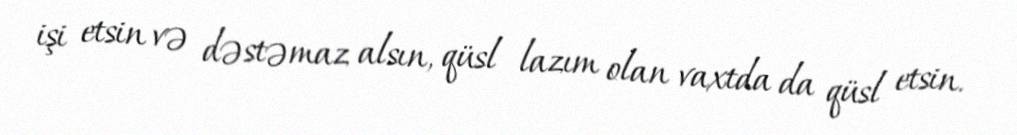
işi etsin və dəstəmaz alsın, qüsl lazım olan vaxtda da qüsl etsin.